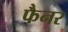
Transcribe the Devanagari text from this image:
फैनर